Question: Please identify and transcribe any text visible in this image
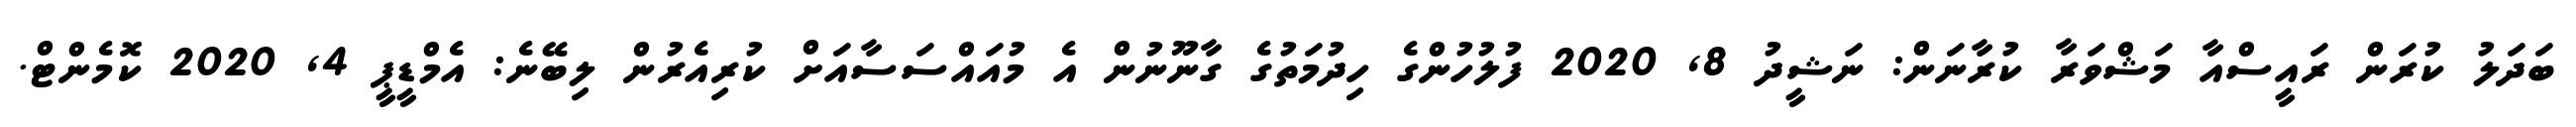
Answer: ބަދަލު ކުރަން ރައީސްއާ މަޝްވަރާ ކުރާނަން: ނަޝީދު 8, 2020 ފުލުހުންގެ ހިދުމަތުގެ ގާނޫނުން އެ މުއައްސަސާއަށް ކުރިއެރުން ލިބޭނެ: އެމްޑީޕީ 4, 2020 ކޮމެންޓް.